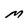
Character: M